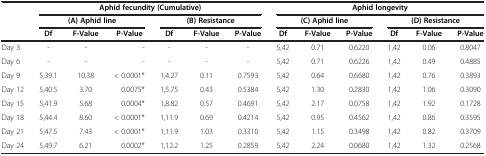
|  | <COLSPAN=6> Aphid fecundity (Cumulative) | <COLSPAN=6> Aphid longevity |
 |  | <COLSPAN=3> (A) Aphid line | <COLSPAN=3> (B) Resistance | <COLSPAN=3> (C) Aphid line | <COLSPAN=3> (D) Resistance |
 |  | Df | F-Value | P-Value | Df | F-Value | P-Value | Df | F-Value | P-Value | Df | F-Value | P-Value |
 | --- | --- | --- | --- | --- | --- | --- | --- | --- | --- | --- | --- | --- |
 | Day 3 | - | - | - | - | - | - | 5,42 | 0.71 | 0.6220 | 1,42 | 0.06 | 0.8047 |
 | Day 6 | - | - | - | - | - | - | 5,42 | 0.71 | 0.6226 | 1,42 | 0.49 | 0.4885 |
 | Day 9 | 5,39.1 | 10.38 | < 0.0001* | 1,4.27 | 0.11 | 0.7593 | 5,42 | 0.64 | 0.6680 | 1,42 | 0.76 | 0.3893 |
 | Day 12 | 5,40.5 | 3.70 | 0.0075* | 1,5.75 | 0.43 | 0.5384 | 5,42 | 1.30 | 0.2830 | 1,42 | 1.06 | 0.3090 |
 | Day 15 | 5,41.9 | 5.68 | 0.0004* | 1,8.82 | 0.57 | 0.4691 | 5,42 | 2.17 | 0.0758 | 1,42 | 1.92 | 0.1728 |
 | Day 18 | 5,44.4 | 8.60 | < 0.0001* | 1,11.9 | 0.69 | 0.4214 | 5,42 | 0.95 | 0.4562 | 1,42 | 0.86 | 0.3595 |
 | Day 21 | 5,47.5 | 7.43 | < 0.0001* | 1,11.9 | 1.03 | 0.3310 | 5,42 | 1.15 | 0.3498 | 1,42 | 0.82 | 0.3709 |
 | Day 24 | 5,49.7 | 6.21 | 0.0002* | 1,12.2 | 1.25 | 0.2859 | 5,42 | 2.24 | 0.0680 | 1,42 | 1.32 | 0.2568 |